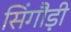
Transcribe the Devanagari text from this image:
सिंगौड़ी